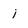
Character: j